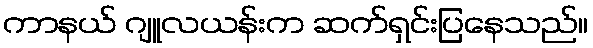
ကာနယ် ဂျူလယန်းက ဆက်ရှင်းပြနေသည်။